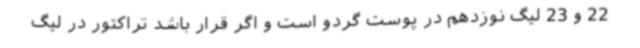
22 و 23 لیگ نوزدهم در پوست گردو است و اگر قرار باشد تراکتور در لیگ